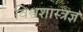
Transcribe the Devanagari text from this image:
विश्वशास्त्रज्ञ